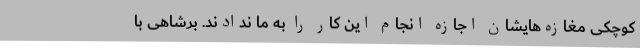
کوچکی مغازه‌هایشان اجازه انجام این کار را به ما ندادند. برشاهی با